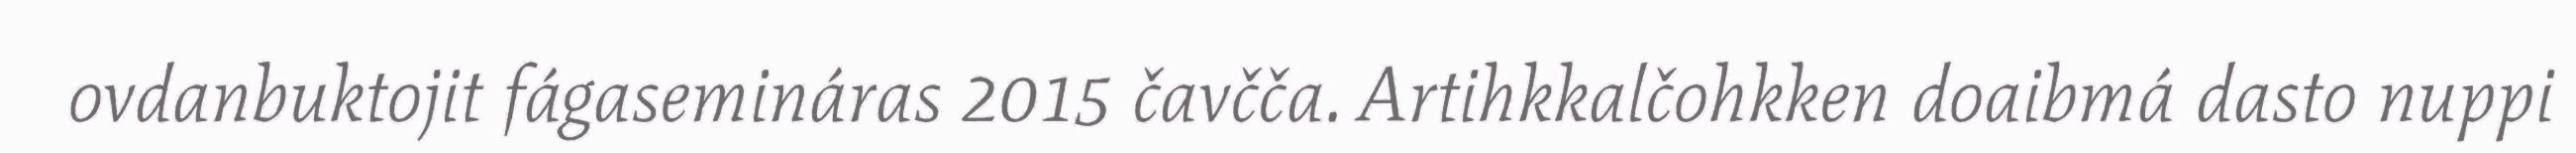
ovdanbuktojit fágasemináras 2015 čavčča. Artihkkalčohkken doaibmá dasto nuppi